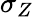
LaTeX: \sigma_{Z}